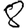
Digit: 8